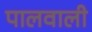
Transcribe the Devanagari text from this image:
पालवाली